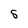
Character: S